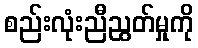
စည်းလုံးညီညွတ်မှုကို